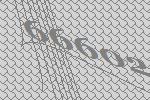
66602